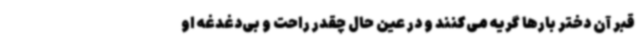
قبر آن دختر بارها گریه می‌کنند و در عین حال چقدر راحت و بی‌دغدغه او